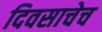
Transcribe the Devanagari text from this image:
दिवसाचेच